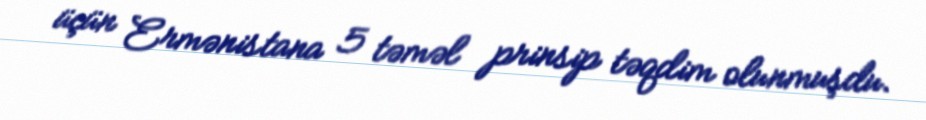
üçün Ermənistana 5 təməl prinsip təqdim olunmuşdu.